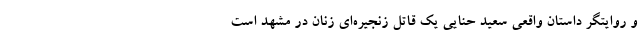
و روایتگر داستان واقعی سعید حنایی یک قاتل زنجیره‌ای زنان در مشهد است